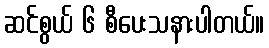
ဆင်စွယ် ၆ စီပေးသနားပါတယ်။